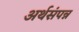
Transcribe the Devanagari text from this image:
अर्थसंपन्न